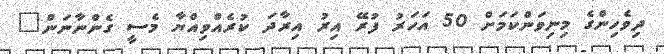
ދިވެހިންގެ މިނިވަންކަމަށް 50 އަހަރު ފުރޭ އިރު އިރާދަ ކުރެއްވިއްޔާ މެސީ ގެންނާނަން"